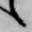
候